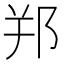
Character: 𨚜